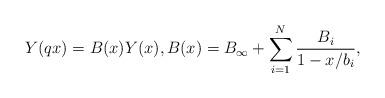
LaTeX: \begin{align*}Y(q x) = B(x)Y(x), B(x) = B_{\infty} + \sum^{N}_{i = 1}\frac{B_{i}}{1 - x/b_{i}},\end{align*}